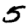
Digit: 5